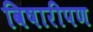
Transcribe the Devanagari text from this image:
विषारीपण